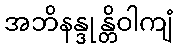
အဘိနန္ဒုန္တိဝါကျံ